Annual statistical returns and brief notes on vaccination in Bengal - 1896-1909
Year: 1896
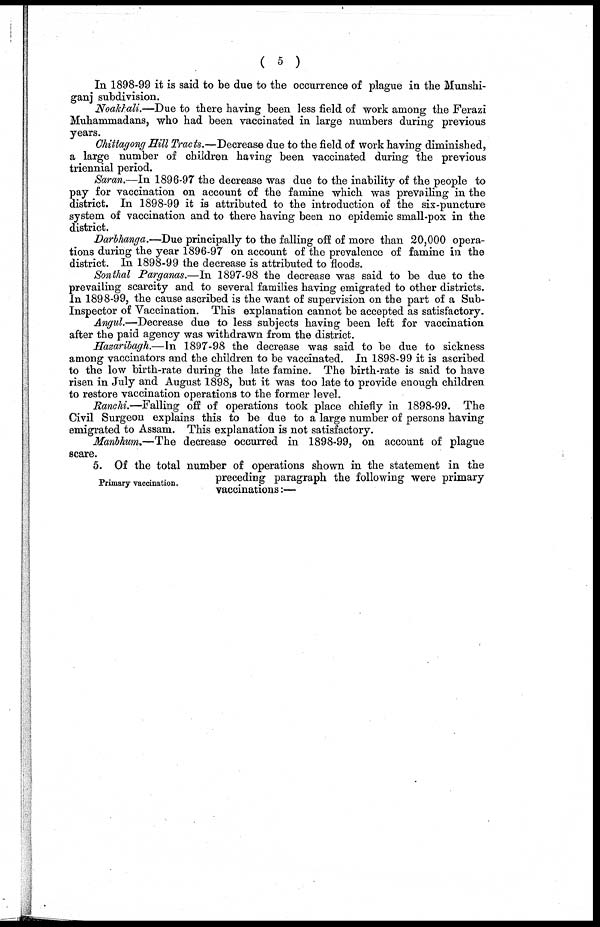
( 5 )
In 1898-99 it is said to be due to the occurrence of plague in the Munshi-
ganj subdivision.
Noakhali.—Due to there having been less field of work among the Ferazi
Muhammadans, who had been vaccinated in large numbers during previous
years.
Chittagong Hill Tracts.—Decrease due to the field of work having diminished,
a large number of children having been vaccinated during the previous
triennial period.
Saran.—In 1896-97 the decrease was due to the inability of the people to
pay for vaccination on account of the famine which was prevailing in the
district. In 1898-99 it is attributed to the introduction of the six-puncture
system of vaccination and to there having been no epidemic small-pox in the
district.
Darbhanga.—Due principally to the falling off of more than 20,000 opera-
tions during the year 1896-97 on account of the prevalence of famine in the
district. In 1898-99 the decrease is attributed to floods.
Sonthal Parganas.—In 1897-98 the decrease was said to be due to the
prevailing scarcity and to several families having emigrated to other districts.
In 1898-99, the cause ascribed is the want of supervision on the part of a Sub-
Inspector of Vaccination. This explanation cannot be accepted as satisfactory.
Angul.—Decrease due to less subjects having been left for vaccination
after the paid agency was withdrawn from the district.
Hazaribagh.—In 1897-98 the decrease was said to be due to sickness
among vaccinators and the children to be vaccinated. In 1898-99 it is ascribed
to the low birth-rate during the late famine. The birth-rate is said to have
risen in July and August 1898, but it was too late to provide enough children
to restore vaccination operations to the former level.
Ranchi.—Falling off of operations took place chiefly in 1898-99. The
Civil Surgeon explains this to be due to a large number of persons having
emigrated to Assam. This explanation is not satisfactory.
Manbhum.—The decrease occurred in 1898-99, on account of plague
scare.
Primary vaccination.
5. Of the total number of operations shown in the statement in the
preceding paragraph the following were primary
vaccinations:—